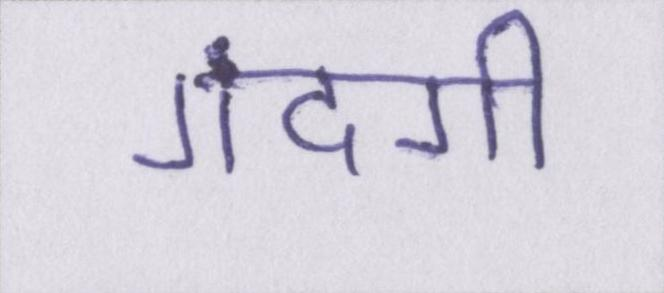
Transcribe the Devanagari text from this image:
गंदगी